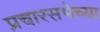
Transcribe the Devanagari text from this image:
प्रचारसभेच्या